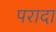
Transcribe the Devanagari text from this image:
परादा